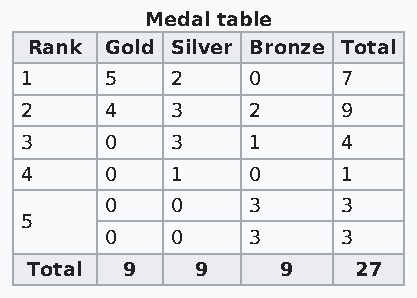
Medal table
 Rank Gold Silver Bronze Total
 1     5   2    0      7
 2     4   3    2      9
 3     0   3    1      4
 4     0   1    0      1
 0   0    3      3
 5
 0   0    3      3
 Total 9    9     9    27